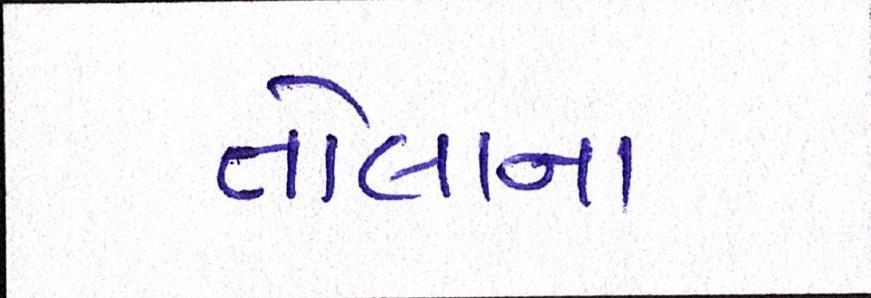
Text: તોલાના